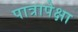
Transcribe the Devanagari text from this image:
पात्रापेक्षा